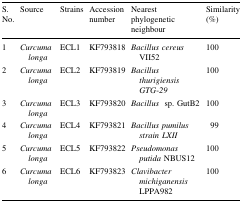
| S. No. | Source | Strains | Accession number | Nearest phylogenetic neighbour | Similarity (%) |
 | --- | --- | --- | --- | --- | --- |
 | 1 | Curcuma longa | ECL1 | KF793818 | Bacillus cereus VII52 | 100 |
 | 2 | Curcuma longa | ECL2 | KF793819 | Bacillus thurigiensis GTG-29 | 100 |
 | 3 | Curcuma longa | ECL3 | KF793820 | Bacillus  sp. GutB2 | 100 |
 | 4 | Curcuma longa | ECL4 | KF793821 | Bacillus pumilus strain LXII | 99 |
 | 5 | Curcuma longa | ECL5 | KF793822 | Pseudomonas putida NBUS12 | 100 |
 | 6 | Curcuma longa | ECL6 | KF793823 | Clavibacter michiganensis LPPA982 | 100 |